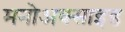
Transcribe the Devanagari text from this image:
मनोअक्‍साइड